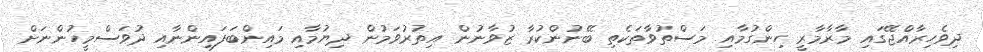
ދިވެހިރާއްޖޭގައި މާރާމާރީ ހިންގުމާއި މަސްތުވާތަކެތި ބޭނުންކުރާ ޒުވާނުން އިތުރުވަމުން ދިޔުމާއި މައިންބަފައިންނާއި ދުވަސްމީހުންނަށް